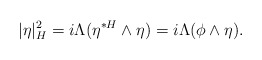
\begin{align*} |\eta|_H^2=i\Lambda(\eta^{\ast H}\wedge\eta)=i\Lambda(\phi\wedge\eta).\end{align*}